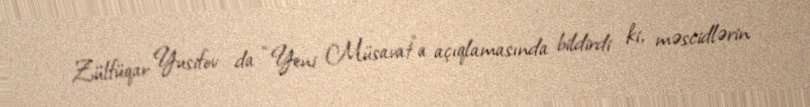
Zülfüqar Yusifov da “Yeni Müsavat”a açıqlamasında bildirdi ki, məscidlərin